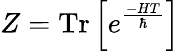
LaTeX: Z=\operatorname{Tr}\left[e^{\frac{-HT}{\hbar}}\right]